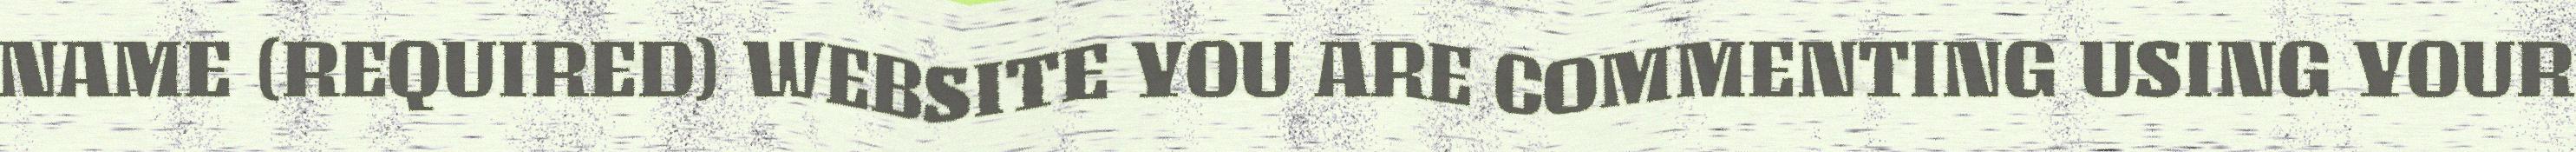
NAME (REQUIRED) WEBSITE YOU ARE COMMENTING USING YOUR